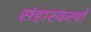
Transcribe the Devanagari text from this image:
संहारकर्त्या